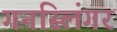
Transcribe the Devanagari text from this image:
गनस्लिंगर